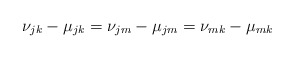
\begin{align*}\nu_{jk}-\mu_{jk}=\nu_{jm}-\mu_{jm}=\nu_{mk}-\mu_{mk}\end{align*}